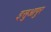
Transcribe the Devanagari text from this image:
इसुआपुर